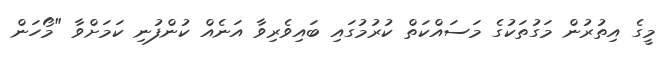
މީގެ އިތުރުން މަގުތަކުގެ މަސައްކަތް ކުރުމުގައި ބައިވެރިވާ އަނެއް ކުންފުނި ކަމަށްވާ "މޯހަން